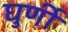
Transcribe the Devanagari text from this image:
घुर्णी